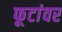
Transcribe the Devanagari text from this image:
फूटांवर